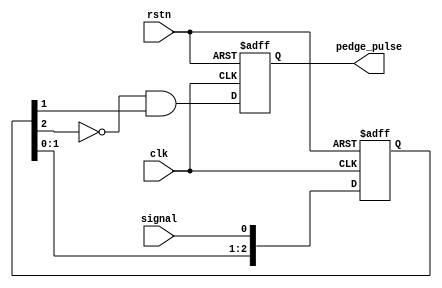
module pedge_det (clk, rstn, signal, pedge_pulse);
input      clk;
input      rstn;
input      signal;
output reg pedge_pulse;

reg [2:0] sync;

always @(posedge clk or negedge rstn)
begin
  if(!rstn) begin
     sync        <= 'b0;
     pedge_pulse <= 'b0;
  end
  else begin
    sync        <= {sync[1:0],signal}; // Remove Debouncing
    pedge_pulse <= ~sync[2] & sync[1]; // Detect positive edge of signal
  end
end
endmodule